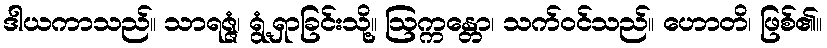
ဒါယကာသည်။ သာရဇ္ဇံ၊ ရွံ့ရှာခြင်းသို့။ ဩက္ကန္တော၊ သက်ဝင်သည်။ ဟောတိ၊ ဖြစ်၏။